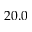
2 0 . 0